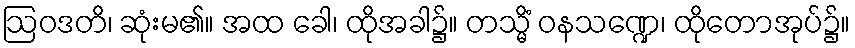
ဩဝဒတိ၊ ဆုံးမ၏။ အထ ခေါ၊ ထိုအခါ၌။ တသ္မိံ ဝနသဏ္ဍေ၊ ထိုတောအုပ်၌။